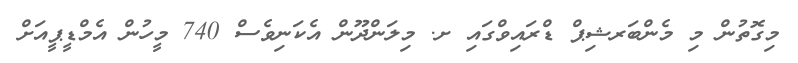
މިގޮތުން މި މެންބަރޝިޕް ޑްރައިވްގައި ށ. މިލަންދޫން އެކަނިވެސް 740 މީހުން އެމްޑީޕީއަށް